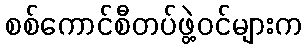
စစ်ကောင်စီတပ်ဖွဲ့ဝင်များက